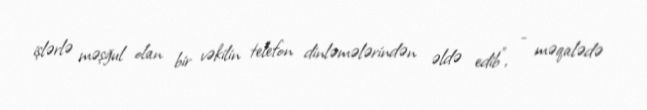
işlərlə məşğul olan bir vəkilin telefon dinləmələrindən əldə edib”, - məqalədə